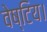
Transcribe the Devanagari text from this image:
वेष्टिय।